Elephants and their diseases
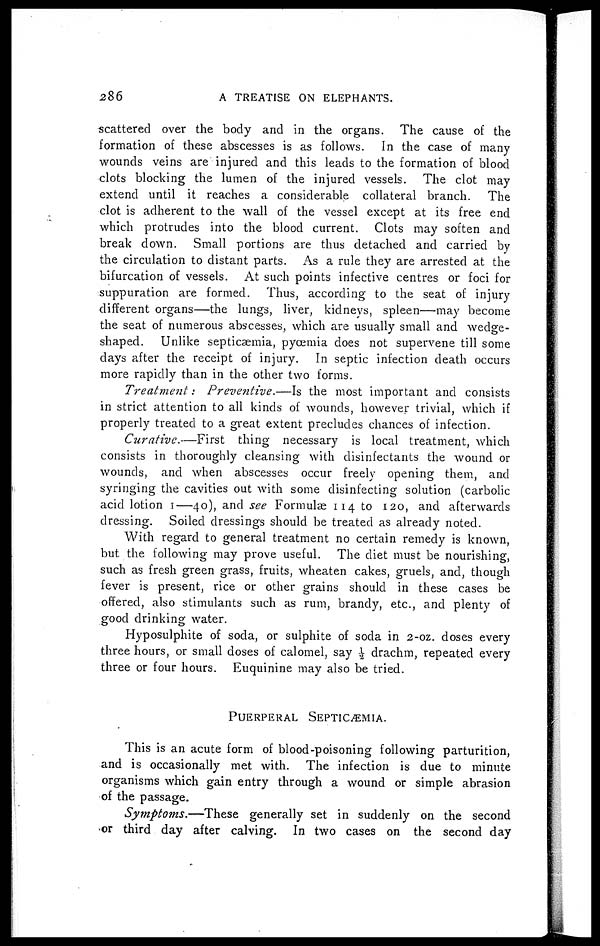
286
A TREATISE ON ELEPHANTS.
scattered over the body and in the organs. The cause of the
formation of these abscesses is as follows. In the case of many
wounds veins are injured and this leads to the formation of blood
clots blocking the lumen of the injured vessels. The clot may
extend until it reaches a considerable collateral branch. The
clot is adherent to the wall of the vessel except at its free end
which protrudes into the blood current. Clots may soften and
break down. Small portions are thus detached and carried by
the circulation to distant parts. As a rule they are arrested at the
bifurcation of vessels. At such points infective centres or foci for
suppuration are formed. Thus, according to the seat of injury
different organs—the lungs, liver, kidneys, spleen—may become
the seat of numerous abscesses, which are usually small and wedge-
shaped. Unlike septicaemia, pyœmia does not supervene till some
days after the receipt of injury. In septic infection death occurs
more rapidly than in the other two forms.
Treatment : Preventive.—Is
the most important and consists
in strict attention to all kinds of wounds, however trivial, which if
properly treated to a great extent precludes chances of infection.
Curative.—First
thing necessary is local treatment, which
consists in thoroughly cleansing with disinfectants the wound or
wounds, and when abscesses occur freely opening them, and
syringing the cavities out with some disinfecting solution (carbolic
acid lotion 1—40), and see Formulae 114 to 120, and afterwards
dressing. Soiled dressings should be treated as already noted.
With regard to general treatment no certain remedy is known,
but the following may prove useful. The diet must be nourishing,
such as fresh green grass, fruits, wheaten cakes, gruels, and, though
fever is present, rice or other grains should in these cases be
offered, also stimulants such as rum, brandy, etc., and plenty of
good drinking water.
Hyposulphite of soda, or sulphite of soda in 2-oz. doses every
three hours, or small doses of calomel, say ½ drachm, repeated every
three or four hours. Euquinine may also be tried.
PUERPERAL
SEPTICÆMIA.
This is an acute form of blood-poisoning following parturition,
and is occasionally met with. The infection is due to minute
organisms which gain entry through a wound or simple abrasion
of the passage.
Symptoms.—These
generally set in suddenly on the second
or third day after calving. In two cases on the second day